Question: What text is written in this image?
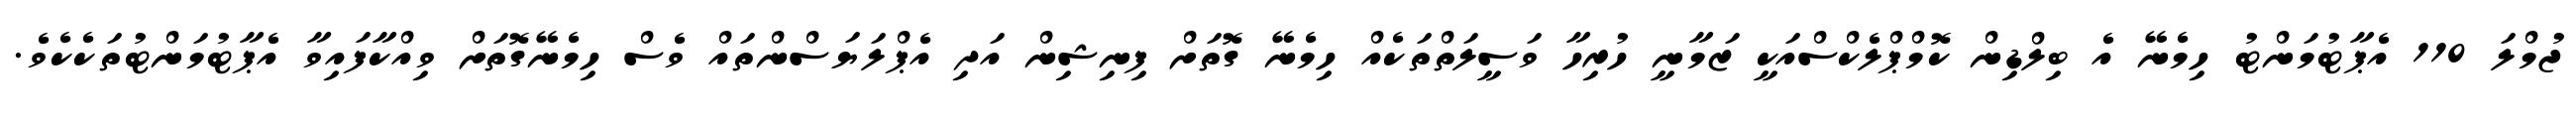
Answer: ޖުމްލަ 110 އެޕާޓުމަންޓު ހިމެނޭ އެ ބިލްޑިން ކޮމްޕްލެކްސްއަކީ ޒަމާނީ ހުރިހާ ވަސީލަތްތަކެއް ހިމެނޭ ގޮތަށް ފިނިޝިން އަދި އެޕްލަޔަސްންތައް ވެސް ހިމެނޭގޮތަށް ވިއްކާފައިވާ އެޕާޓުމަންޓުތަކެކެވެ.